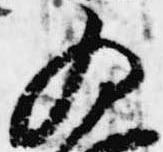
為